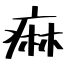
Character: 痳